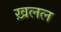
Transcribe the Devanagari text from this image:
ख़लल